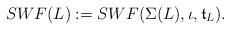
LaTeX: \begin{align*}SWF(L) := SWF (\Sigma (L), \iota, \mathfrak{t}_L). \end{align*}